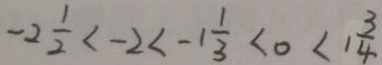
- 2 \frac { 1 } { 2 } < - 2 < - 1 \frac { 1 } { 3 } < 0 < 1 \frac { 3 } { 4 }